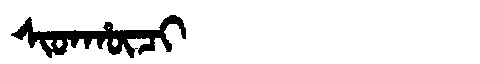
Manchu: ᠰᡳᡨᡥᡡᠴᡳ
Romanization: SITHŪCI